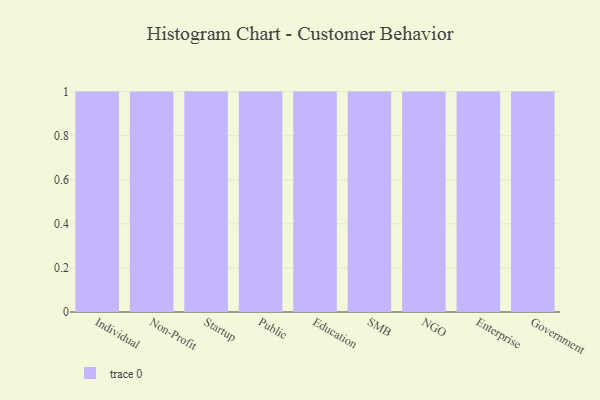
{"axis": {"x": "Segment", "y": "Satisfaction Score"}, "legend": [""], "data": [{"x": "Individual", "y": 49, "type": ""}, {"x": "Non-Profit", "y": 97, "type": ""}, {"x": "Startup", "y": 71, "type": ""}, {"x": "Public", "y": 18, "type": ""}, {"x": "Education", "y": 49, "type": ""}, {"x": "SMB", "y": 33, "type": ""}, {"x": "NGO", "y": 33, "type": ""}, {"x": "Enterprise", "y": 14, "type": ""}, {"x": "Government", "y": 69, "type": ""}]}